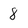
Character: 8